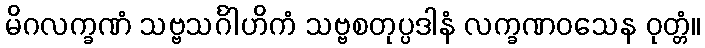
မိဂလက္ခဏံ သဗ္ဗသင်္ဂါဟိကံ သဗ္ဗစတုပ္ပဒါနံ လက္ခဏဝသေန ဝုတ္တံ။